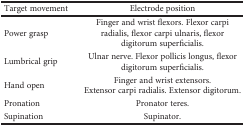
| Target movement | Electrode position |
 | --- | --- |
 | Power grasp | Finger and wrist flexors. Flexor carpi radialis, flexor carpi ulnaris, flexor digitorum superficialis. |
 | Lumbrical grip | Ulnar nerve. Flexor pollicis longus, flexor digitorum superficialis. |
 | Hand open | Finger and wrist extensors.Extensor carpi radialis. Extensor digitorum. |
 | Pronation | Pronator teres. |
 | Supination | Supinator. |